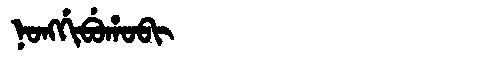
Manchu: ᠨᠣᠩᡤᡳᠪᡠᡥᠣᠪᡳ
Romanization: NONGGIBUHOBI